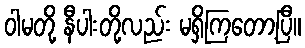
ဝါမတို့ နီပါးတို့လည်း မရှိကြတော့ပြီ။